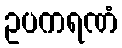
ဥပကရဏံ